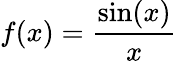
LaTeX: f(x)={\frac{\sin(x)}{x}}